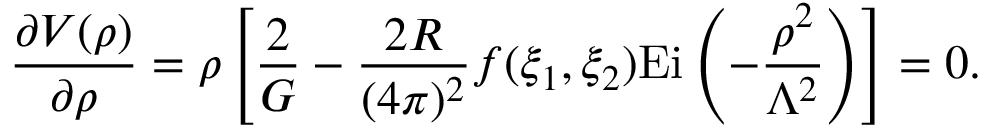
\frac { \partial V ( \rho ) } { \partial \rho } = \rho \left[ \frac { 2 } { G } - \frac { 2 R } { ( 4 \pi ) ^ { 2 } } f ( \xi _ { 1 } , \xi _ { 2 } ) \mathrm { E i } \left( - \frac { \rho ^ { 2 } } { \Lambda ^ { 2 } } \right) \right] = 0 .